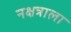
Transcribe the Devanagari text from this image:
नक्षत्राला